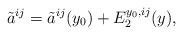
LaTeX: \begin{align*}\tilde{a}^{ij}&=\tilde{a}^{ij}(y_0) +E_2^{y_0,ij}(y), \end{align*}